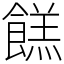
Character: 餻